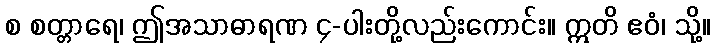
စ စတ္တာရေ၊ ဤအသာဓာရဏ ၄-ပါးတို့လည်းကောင်း။ ဣတိ ဧဝံ၊ သို့။